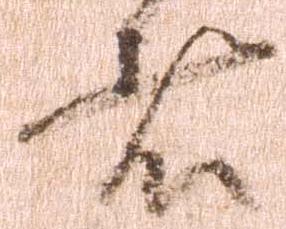
者